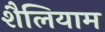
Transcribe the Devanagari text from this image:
शैलियाम